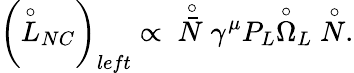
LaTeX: \left(\stackrel{\circ}{L}_{NC}\right)_{left}\propto\; \; \stackrel{\circ}{\bar{N}}\gamma^{\mu}P_{L}\stackrel{\circ}{\Omega}_{L}\stackrel{\circ}{N}.